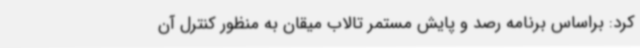
کرد: براساس برنامه رصد و پایش مستمر تالاب میقان به منظور کنترل آن